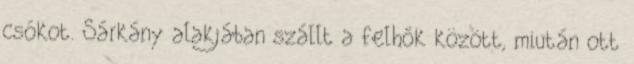
csókot. Sárkány alakjában szállt a felhők között, miután ott